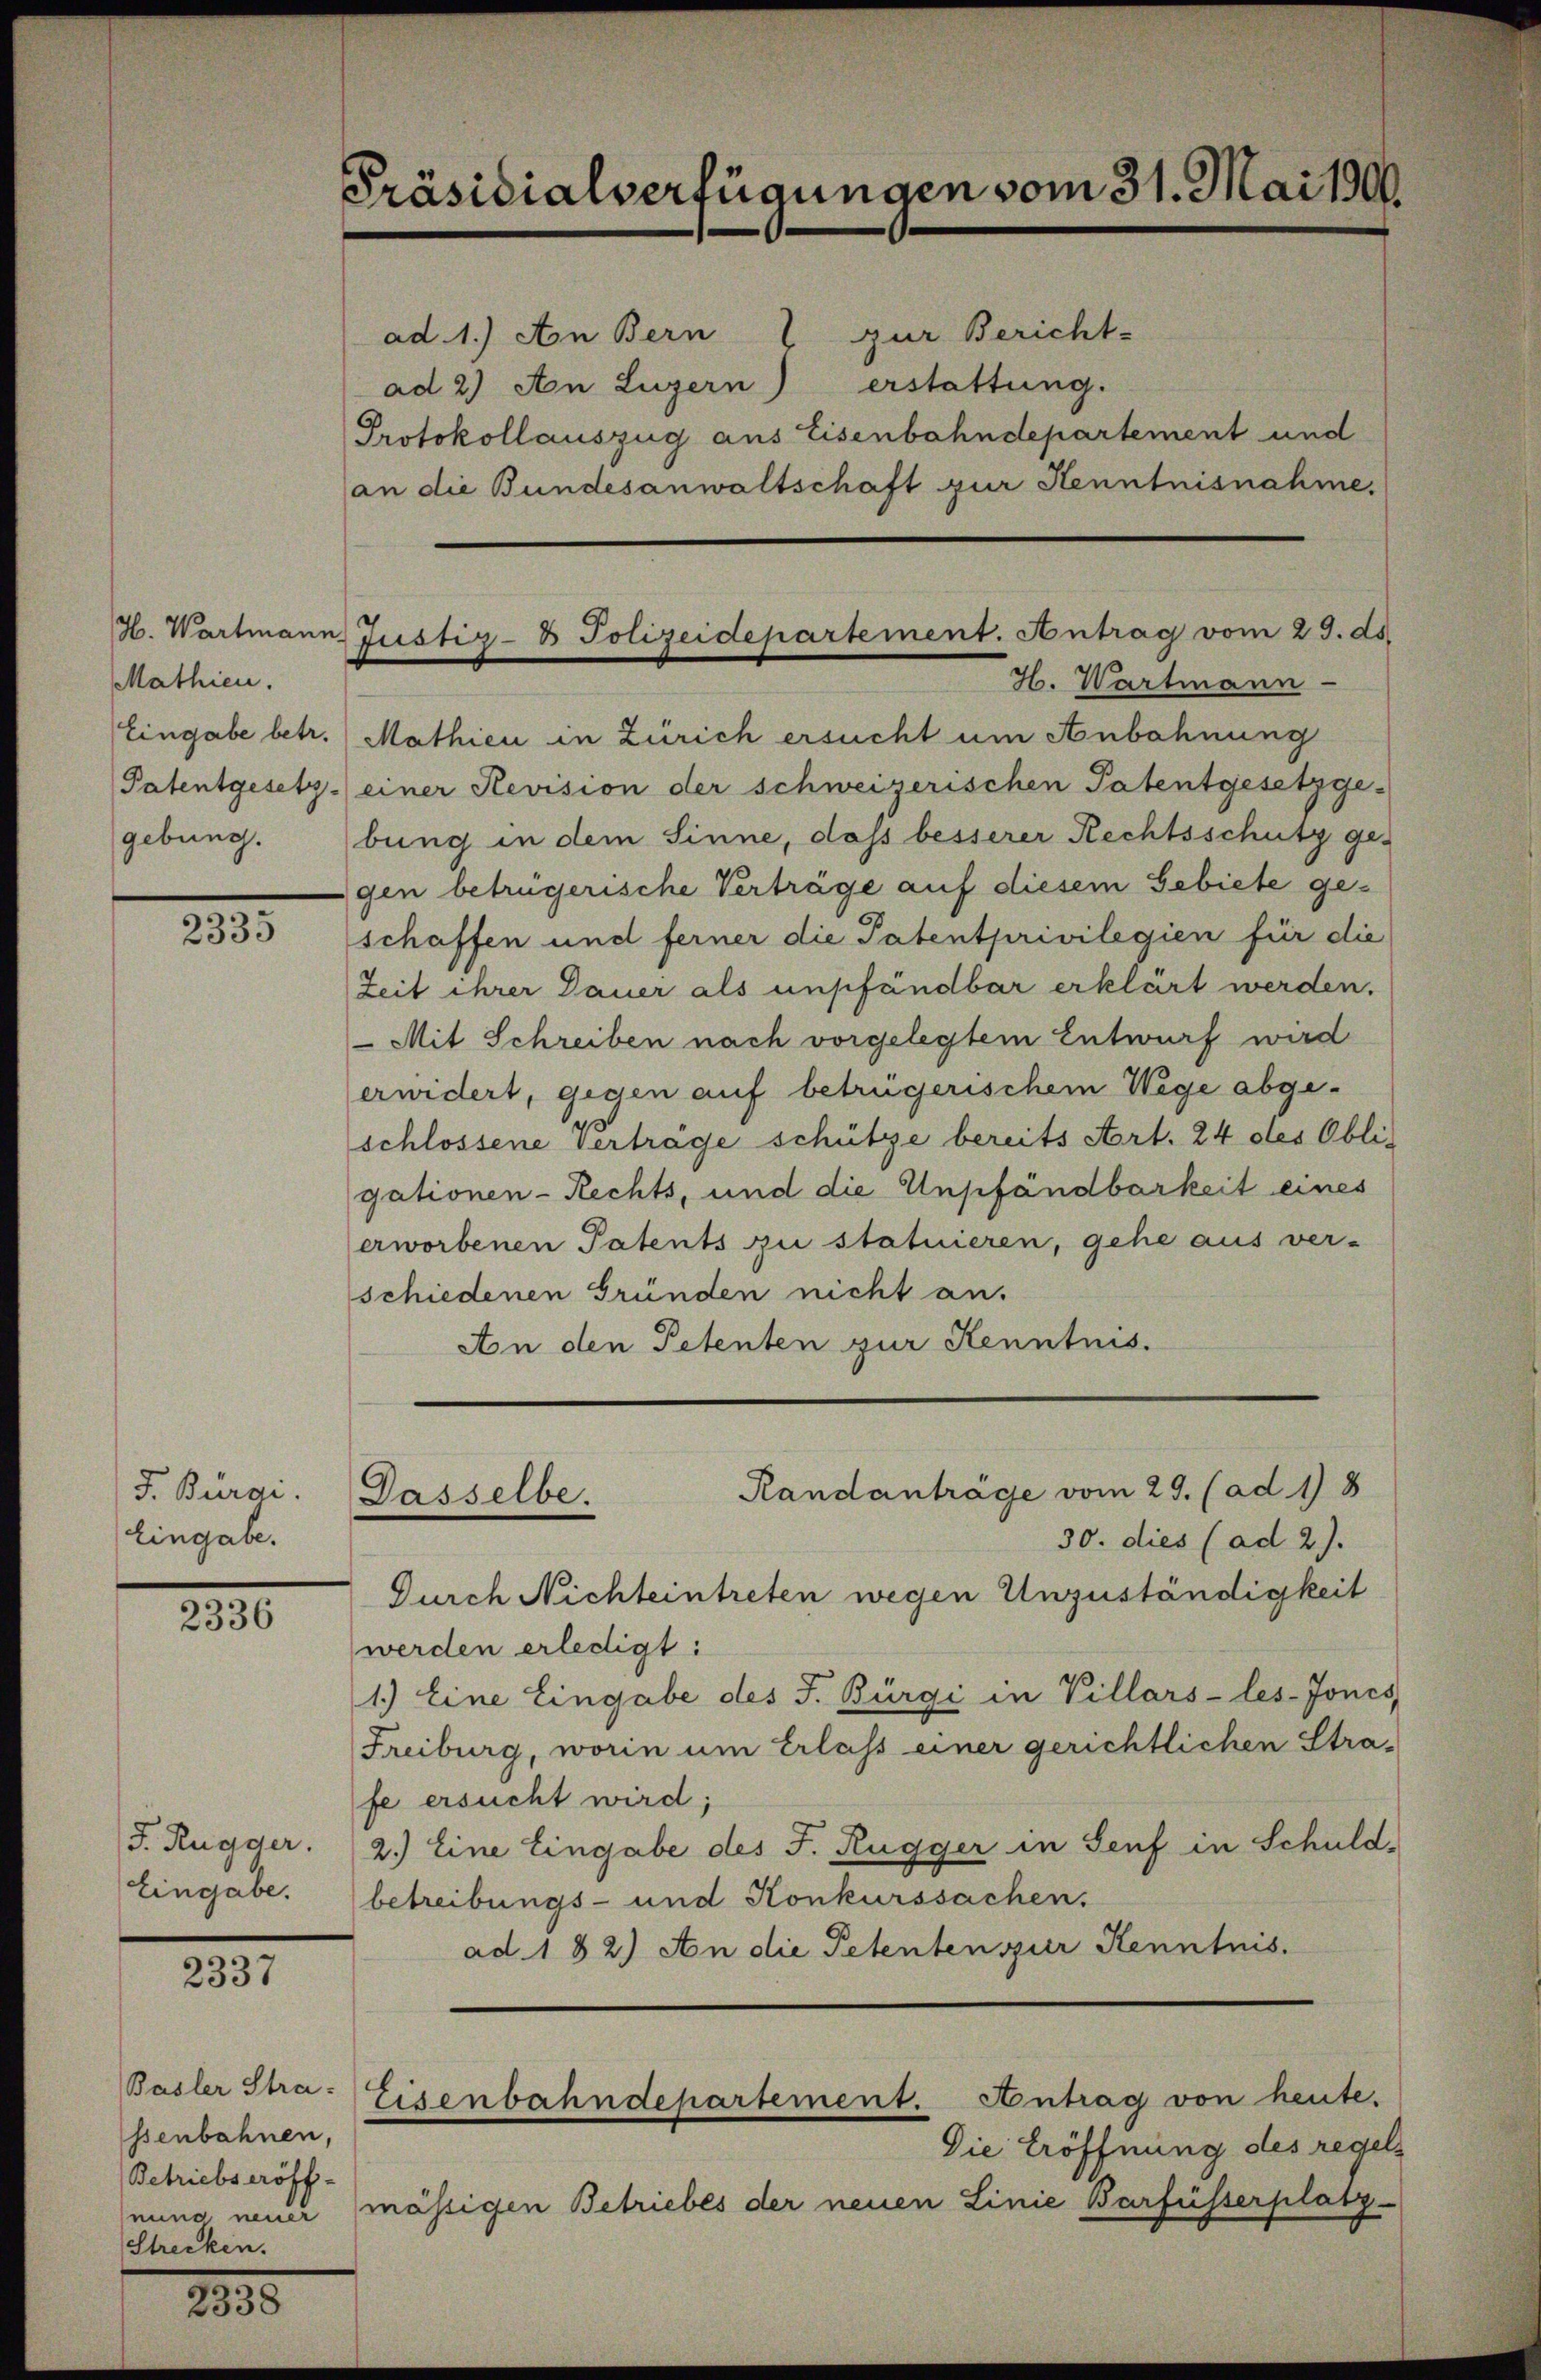
Mathien.
Eingabe betr.
Patentgesetz
gebung.

2335

d. Bürgi.
Eingabe.

2336

J. Rugger.
Eingabe.

2337

Basler Strassenbahnen,
Betriebseröff-
Strecken.

1835.

Präsidialverfügungen vom 31. Mai 1906.

ad. 1.) An Bern 2 zur Bericht-
erstattung.
ad 2.) An Luzern)
Protokollauszug aus Eisenbahndepartement und
an die Bundesanwaltschaft zur Kenntnisnahme.

H. Wartmann Justiz- & Polizeidepartement. Antrag vom 29. ds.
H. Wartmann-

Mathien in Zürich ersucht um Anbahnung
einer Revision der schweizerischen Patentgesetzge-
bung in dem Sinne, daß besserer Rechtsschutz gegen betrügerische Verträge auf diesem Gebiete geschaffen und ferner die Patentprivilegien für die
Zeit ihrer Dauer als empfändbar erklärt werden.
 Mit Schreiben nach vorgelegtem Entwurf wird
erwidert, gegen auf betrügerischem Wege abgeschlossene Verträge schütze bereits Art. 24 des Obli-
gationen-Rechts, und die Unpfändbarkeit eines
erworbenen Patents zu statuieren, gehe aus ver-
schiedenen Gründen nicht an.
An den Petenten zur Kenntnis.

Randanträge vom 29. (ad 1) 8
Dasselbe.

Antrag von heute.
Eisenbahndepartement.

30. dies (ad 2.
Durch Nichteintreten wegen Unzuständigkeit
werden erledigt:
1.) Eine Eingabe des J. Bürgi in Villars-les-Jones
Freiburg, worin um Erlass einer gerichtlichen Stra-
fe ersucht wird;
2.) Eine Eingabe des J. Rugger in Senf in Schuld-
betreibungs- und Konkurssachen.
ad. 182) An die Petenten zur Kenntnis.

Die Eröffnung des regelnung neuer mässigen Betriebes der neuen Linie Barfüsserplatz-